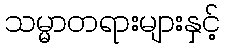
သမ္မာတရားများနှင့်